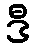
ဒီ